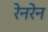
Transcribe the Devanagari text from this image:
रेनरेन